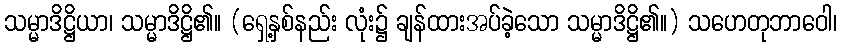
သမ္မာဒိဋ္ဌိယာ၊ သမ္မာဒိဋ္ဌိ၏။ (ရှေ့နှစ်နည်း လုံး၌ ချန်ထားအပ်ခဲ့သော သမ္မာဒိဋ္ဌိ၏။) သဟေတုဘာဝေါ၊